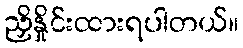
ညှိနှိုင်းထားရပါတယ်။